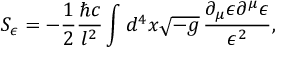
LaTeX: S _ { \epsilon } = - { \frac { 1 } { 2 } } { \frac { \hbar c } { l ^ { 2 } } } \int d ^ { 4 } x \sqrt { - g } \, { \frac { \partial _ { \mu } \epsilon \partial ^ { \mu } \epsilon } { \epsilon ^ { 2 } } } ,